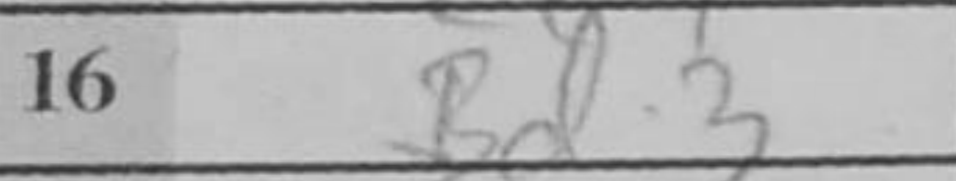
Transcription: Bd3